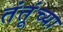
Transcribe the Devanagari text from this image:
तंतूंच्या